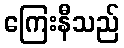
ကြေးနီသည်